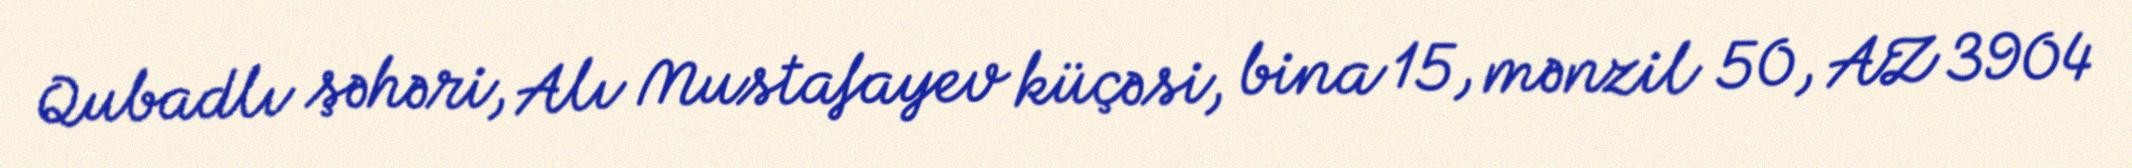
Qubadlı şəhəri, Alı Mustafayev küçəsi, bina 15, mənzil 50, AZ 3904